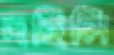
দহিলি